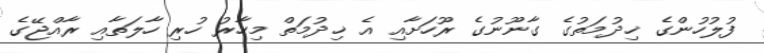
ފުލުހުންގެ ޚިދުމަތުގެ ގާނޫނުގެ ރޫހަށާއި އެ ޚިދުމަތް މިހާރު ހުރި ހާލަތާއި ރާއްޖޭގެ